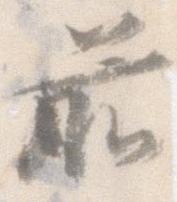
前